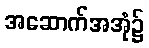
အဆောက်အအုံ၌